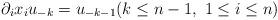
LaTeX: \begin{align*}\partial_ix_i u_{-k} = u_{-k-1}(k \leq n-1,\,\, 1 \leq i \leq n)\end{align*}